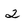
Character: 2